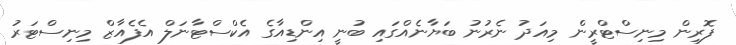
ފޮރިން މިނިސްޓްރީން މިއަދު ނެރުނު ބަޔާނެއްގައި ބުނީ އިންޑިއާގެ އެކްސްޓާނަލް އެފެއާޒް މިނިސްޓަރު